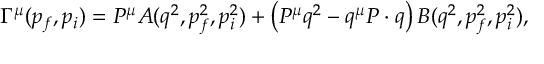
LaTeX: \Gamma ^ { \mu } ( p _ { f } , p _ { i } ) = P ^ { \mu } A ( q ^ { 2 } , p _ { f } ^ { 2 } , p _ { i } ^ { 2 } ) + \left( P ^ { \mu } q ^ { 2 } - q ^ { \mu } P \cdot q \right) B ( q ^ { 2 } , p _ { f } ^ { 2 } , p _ { i } ^ { 2 } ) ,